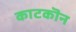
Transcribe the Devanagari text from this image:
काटकॊन